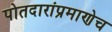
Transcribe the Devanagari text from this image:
पोतदारांप्रमाणेच